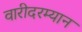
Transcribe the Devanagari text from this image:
वारीदरम्यान